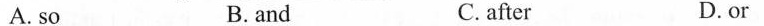
A. so B. and C. after D. or